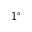
1 ^ { \circ }